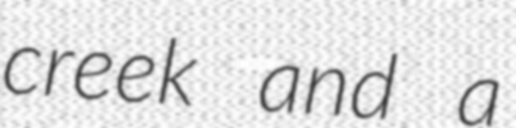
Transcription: creek and a